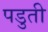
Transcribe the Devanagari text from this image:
पडुती